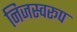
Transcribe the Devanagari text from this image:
निजस्वरूप